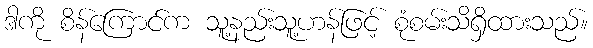
ဒါကို စိန်ကြောင်က သူ့နည်းသူ့ဟန်ဖြင့် စုံစမ်းသိရှိထားသည်။